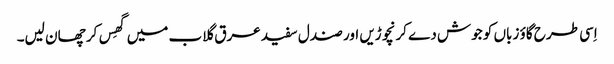
اِسی طرح گاؤ زباں کو جوش دے کر نچوڑیں اور صندل سفید عرق گلاب میں گھِس کر چھان لیں۔